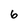
Character: 6